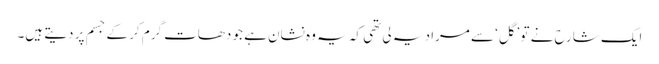
ایک شارح نے تو ’گل‘ سے مراد یہ لی تھی کہ یہ وہ نشان ہے جو دھات گرم کر کے جسم پر دیتے ہیں۔